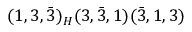
( 1 , 3 , { \bar { 3 } } ) _ { H } ( 3 , { \bar { 3 } } , 1 ) ( { \bar { 3 } } , 1 , 3 )